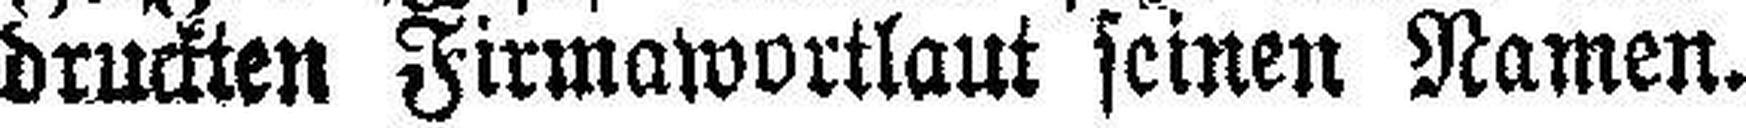
druckten Firmawortlaut seinen Namen.